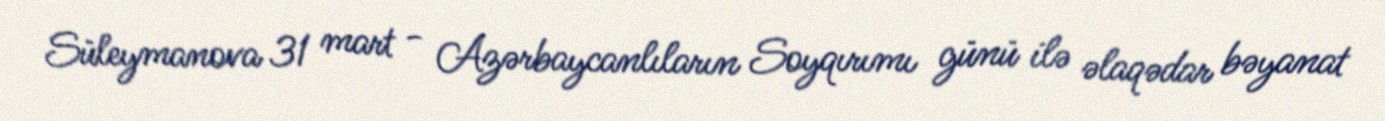
Süleymanova 31 mart - Azərbaycanlıların Soyqırımı günü ilə əlaqədar bəyanat